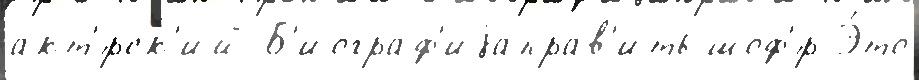
акт'́рск'ий Б'иограф'иjаправ'ить шоф'́р Э́то